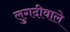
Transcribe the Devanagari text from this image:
लुगदीवाले